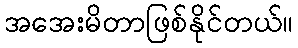
အအေးမိတာဖြစ်နိုင်တယ်။